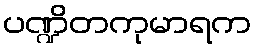
ပဏ္ဍိတကုမာရက